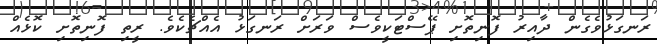
ރަނގަޅުވެގެން ދާއިރު ފޮނިތޮށި ޕޭސްޓަކީވެސް ވަރަށް ރަނގަޅު އެއްޗެކެވެ. ރީތި ފޮނިތޮށި ކޮޅެއް